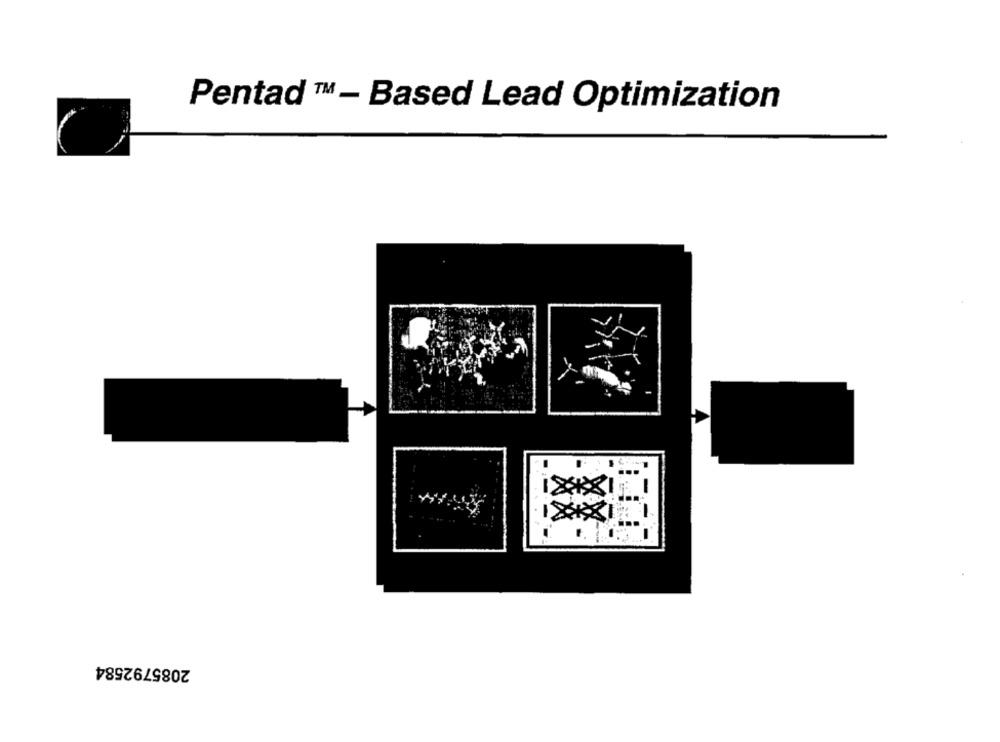
Pentad ™ - Based Lead Optimization
2085792584